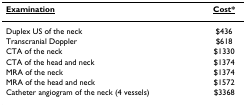
<table><thead><tr><td><b><underline>Examination</underline></b></td><td><b><underline>Cost*</underline></b></td></tr></thead><tbody><tr><td>Duplex US of the neck</td><td>$436</td></tr><tr><td>Transcranial Doppler</td><td>$618</td></tr><tr><td>CTA of the neck</td><td>$1330</td></tr><tr><td>CTA of the head and neck</td><td>$1374</td></tr><tr><td>MRA of the neck</td><td>$1374</td></tr><tr><td>MRA of the head and neck</td><td>$1572</td></tr><tr><td>Catheter angiogram of the neck (4 vessels)</td><td>$3368</td></tr></tbody></table>